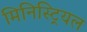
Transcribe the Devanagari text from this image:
मिनिस्ट्रियल